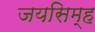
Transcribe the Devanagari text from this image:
जयसिम्ह